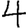
Digit: 4